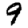
Digit: 9